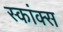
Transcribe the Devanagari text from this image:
स्कांक्स